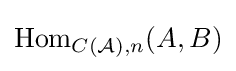
\operatorname {Hom} _{C({\mathcal {A}}),n}(A,B)